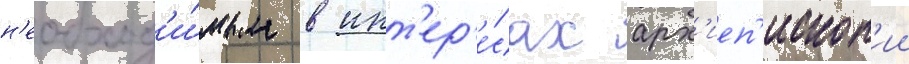
н'еобход'и́мым в инт'ер'е́сах арх'иеп'ископ'ии